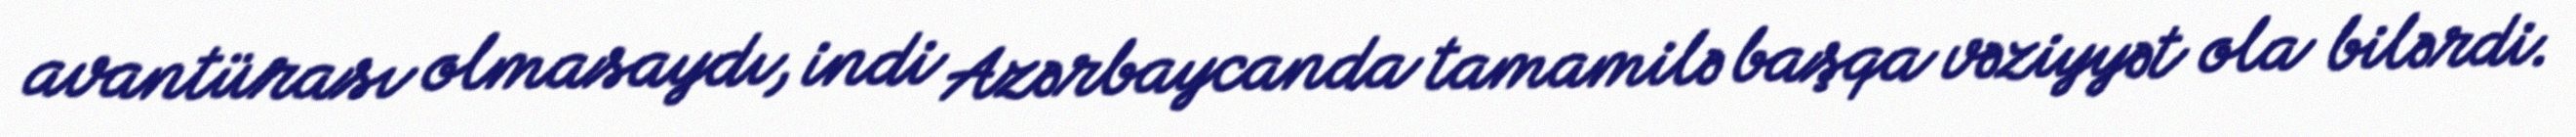
avantürası olmasaydı, indi Azərbaycanda tamamilə başqa vəziyyət ola bilərdi.